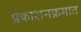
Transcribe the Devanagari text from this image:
प्रकाशनक्रमात